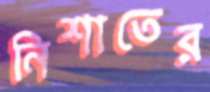
নিশাতের